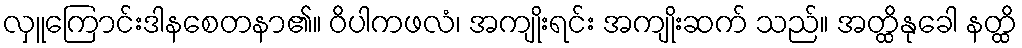
လှူကြောင်းဒါနစေတနာ၏။ ဝိပါကဖလံ၊ အကျိုးရင်း အကျိုးဆက် သည်။ အတ္ထိနုခေါ နတ္ထိ